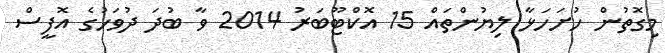
މިގޮތުން ހުށަހަޅާ ލިޔުންތައް 15 އޮކްޓޫބަރު 2014 ވާ ބުދަ ދުވަހުގެ އޮފީސް